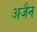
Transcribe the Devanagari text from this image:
अजैन